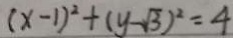
( x - 1 ) ^ { 2 } + ( y - \sqrt { 3 } ) ^ { 2 } = 4